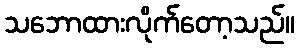
သဘောထားလိုက်တော့သည်။